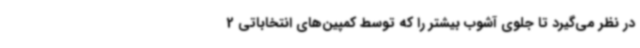
در نظر می‌گیرد تا جلوی آشوب بیشتر را که توسط کمپین‌های انتخاباتی 2